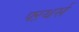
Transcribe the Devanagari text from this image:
फ्ऱथर्स